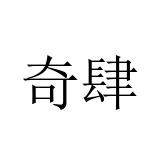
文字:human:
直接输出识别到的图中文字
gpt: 奇肆